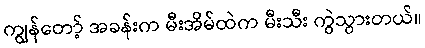
ကျွန်တော့် အခန်းက မီးအိမ်ထဲက မီးသီး ကွဲသွားတယ်။